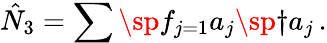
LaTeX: \hat{N}_{3}=\sum\sp f_{j=1}a_{j}\sp{\dagger}a_{j}\, .